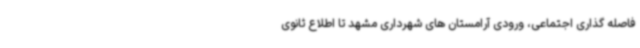
فاصله گذاری اجتماعی، ورودی آرامستان های شهرداری مشهد تا اطلاع ثانوی